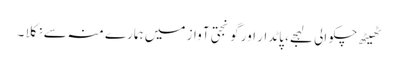
ٹھیٹھ چکوالی لہجے، پاٹدار اور گونجتی آواز میں ہمارے منہ سے نکلا ۔